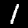
Digit: 1